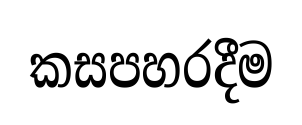
කසපහරදීම